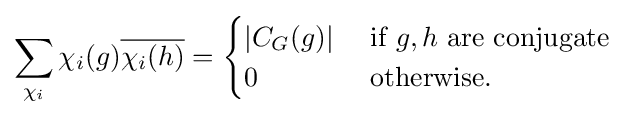
\sum _{\chi _{i}}\chi _{i}(g){\overline {\chi _{i}(h)}}={\begin{cases}\left|C_{G}(g)\right|&{\mbox{ if }}g,h{\mbox{ are conjugate }}\\0&{\mbox{ otherwise.}}\end{cases}}